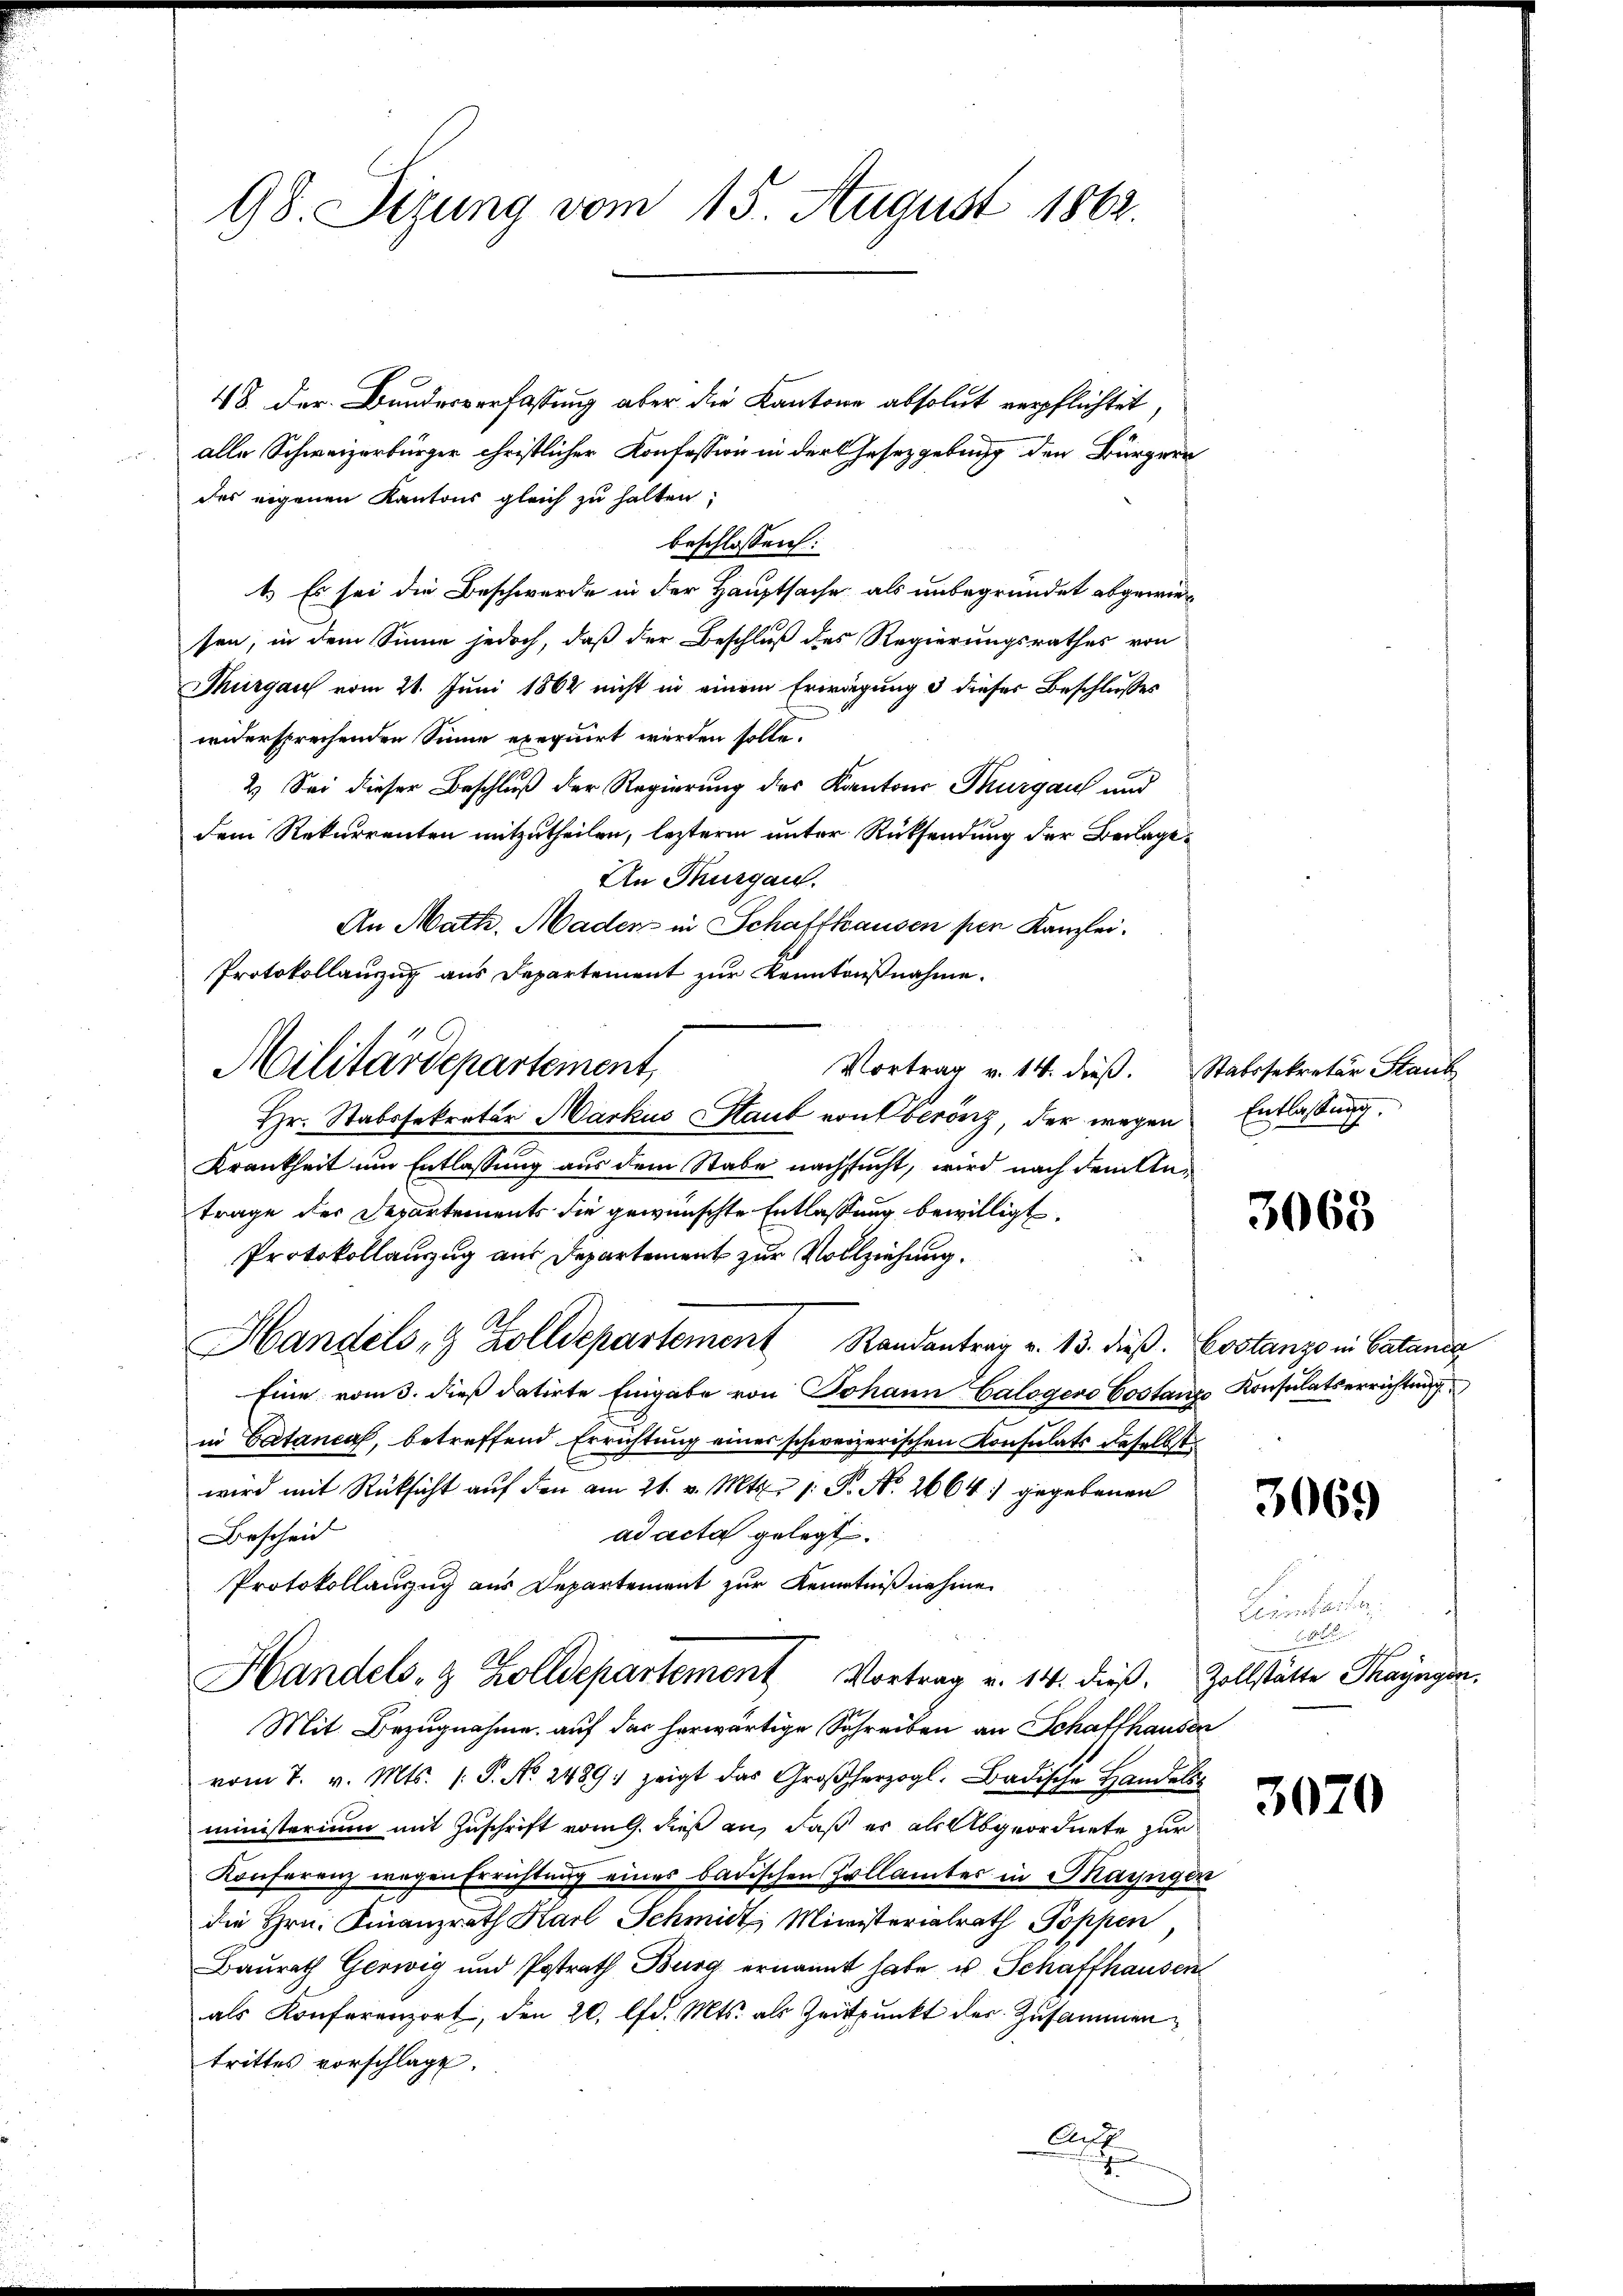
98. Sizung vom 15. August 1862.

48 der Bundesverfassung aber die Kantone absolut verpflichtet,
alle Schweizerbürger christlicher Konfession in der Gesetzgebung den Bürgern
des eigenen Kantons gleich zu halten,
beschlossen:
1.) Es sei die Beschwerde in der Hauptsache als unbegründet abgewiesen, in dem Sinne jedoch, daß der Beschluß des Regierungsrathes von
Thurgau vom 21. Juni 1862 nicht in einem Erwägung & dieser Beschlusses
widersprechenden Sinne exequirt werden solle.
2. Sei dieser Beschluß der Regierung des Kantons Thurgau und
dem Rekurrenten mitzutheilen, lezterm unter Rücksendung der Beilage¬
An Thurgau.
An Math. Mader in Schaffhausen per Kanzlei.
Protokollauszug aus Departement zur Kenntnißnahme.
Vortrag v. 14. dieβ. Stabssekretär Staub
Hr. Stabssekretär Markus Staub von Oberönz, der wegen
Krankheit um Entlassung aus dem Stabe nachsucht, wird nach dem Antrage der Departements die gewünschte Entlassung bewilligt.
Protokollauszug aus Departement zur Vollziehung.
Handels- & Zolldepartement Randantrag v. 13. dieß. Costanze in Catanis
Eine vom 3. dieß datirte Eingabe von Johann Galogero Costanze Konsulatserrichtung
in Catancas, betreffend Errichtung eines schweizerischen Konsulats daselbst
wird mit Rücksicht auf den am 21. v. Mts. 1. P. Nr. 2664) gegebenen
ad acta gelegt.
Bescheid
Protokollauszug aus Departement zur Kenntniß nehme
Handels- & Zolldepartement Vortrag v. 14. dieβ. Zollstätte Thayngen.
Mit Bezugnahme auf das herwärtige Schreiben an Schaffhausen
vom 7. v. Mts. (: P. No. 2489. zeigt das Großherzogl. Badische Handel
ministerium mit Zuschrift vom 9. dieß an, daß es als Abgeordnete zur
Konferenz wegen Errichtung eines badischen Zollamtes in Mayngen
die Hrn. Finanzrath Karl Schmidt Ministerialrath Poppen,
Baureth Gewig und Postrath Burg ernannt habe u. Schaffhausen
als Konferenzort, den 20. lfd. Mts. als Zeitpunkt der Zusammentrittes vorschlage.
Ar
2

Militärdepartement,

Entlassung.

3063

3069

Heimstander
F

3070